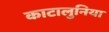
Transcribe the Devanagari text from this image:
काटालुनिया